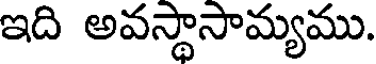
ఇది అవస్థాసామ్యము.